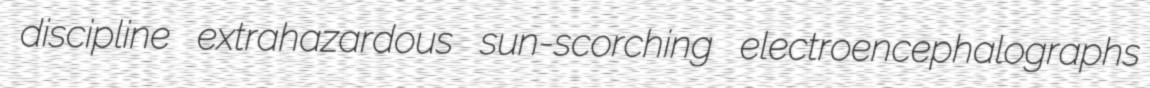
discipline extrahazardous sun-scorching electroencephalographs